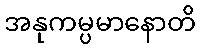
အနုကမ္ပမာနောတိ